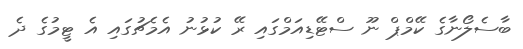
ބާސެލޯނާގެ ކޭމްޕް ނޫ ސްޓޭޑިއަމްގައި ރޭ ކުޅުނު އެމެޗުގައި އެ ޓީމުގެ ދެ